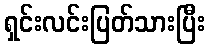
ရှင်းလင်းပြတ်သားပြီး